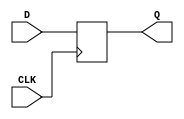
module d_ff(CLK, D, Q);
    input CLK, D;
    output Q;
    reg q;

    always @(posedge CLK)
        q <= D;

    assign Q = q;
endmodule